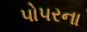
પોપરના